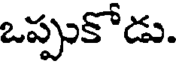
ఒప్పుకోడు.